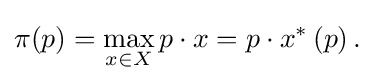
\pi (p)=\max _{x\in X}p\cdot x=p\cdot x^{\ast }\left(p\right){\text{.}}